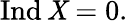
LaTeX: \operatorname{Ind}\mathit{X}=0.